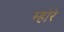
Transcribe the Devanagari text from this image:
म्होरे